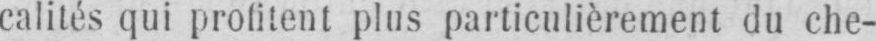
calités qui profitent plus particulièrement du che-